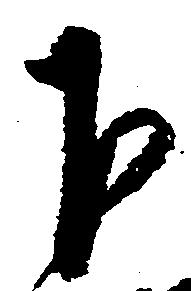
下